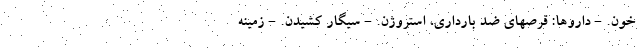
خون. - داروها: قرصهای ضد بارداری، استروژن. - سیگار کشیدن. - زمینه